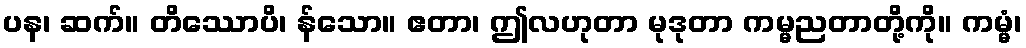
ပန၊ ဆက်။ တိဿောပိ၊ န်သော။ ဧတာ၊ ဤလဟုတာ မုဒုတာ ကမ္မညတာတို့ကို။ ကမ္မံ၊